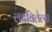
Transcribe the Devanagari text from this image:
लढविलेल्या